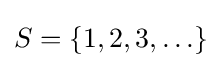
S=\{1,2,3,\ldots \}